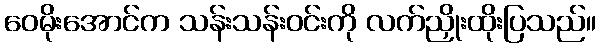
ဝေမိုးအောင်က သန်းသန်းဝင်းကို လက်ညှိုးထိုးပြသည်။